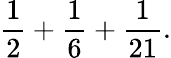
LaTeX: {\frac{1}{2}}+{\frac{1}{6}}+{\frac{1}{21}}.